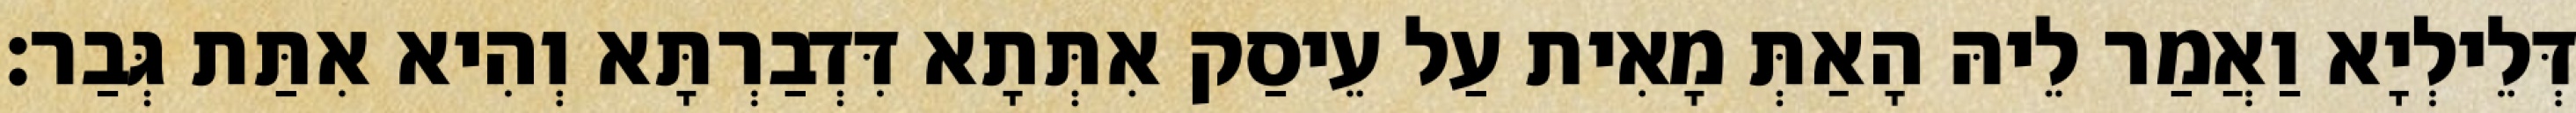
דְּלֵילְיָא וַאֲמַר לֵיהּ הָאַתְּ מָאִית עַל עֵיסַק אִתְּתָא דִּדְבַרְתָּא וְהִיא אִתַּת גְּבַר׃